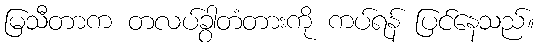
မြသီတာက တလပ်ခွာတံတားကို ကပ်ရန် ပြင်နေသည်။